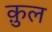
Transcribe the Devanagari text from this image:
क़ुल